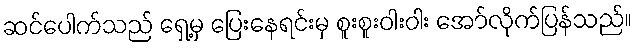
ဆင်ပေါက်သည် ရှေ့မှ ပြေးနေရင်းမှ စူးစူးဝါးဝါး အော်လိုက်ပြန်သည်။